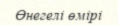
Өнегелі өмірі